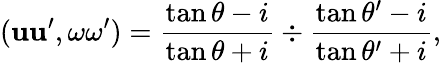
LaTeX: (\mathbf{u}\mathbf{u}^{\prime},\omega\omega^{\prime})={\frac{{\tan\theta-i}}{{\tan\theta+i}}}\div{\frac{{\tan\theta^{\prime}-i}}{{\tan\theta^{\prime}+i}}},